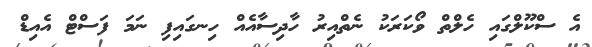
އެ ސްކޫލްގައި ހެލްތް ވޯކަރަކު ނެތްއިރު ހާދިސާއެއް ހިނގައިފި ނަމަ ފަސްޓް އެއިޑް